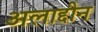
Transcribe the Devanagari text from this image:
अलाद्दीन